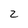
Character: 2